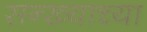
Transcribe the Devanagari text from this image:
सन्ख्याच्या